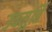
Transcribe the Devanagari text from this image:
उदमुर्ति